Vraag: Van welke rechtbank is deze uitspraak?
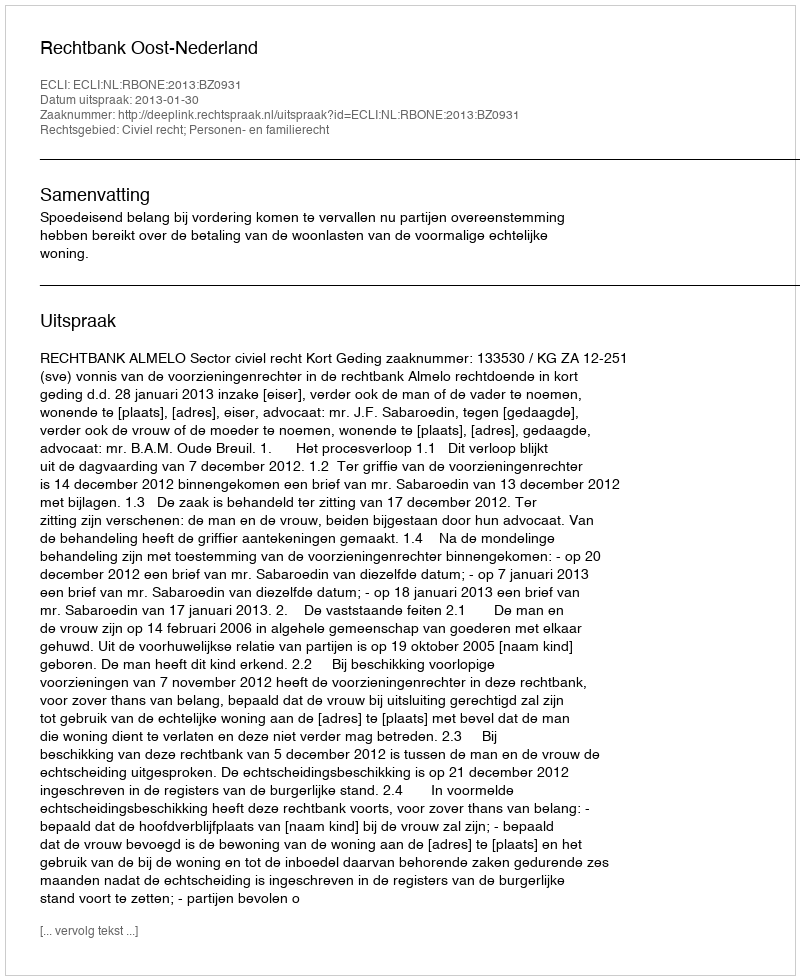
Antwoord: Rechtbank Oost-Nederland